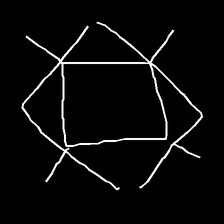
Glyph: light